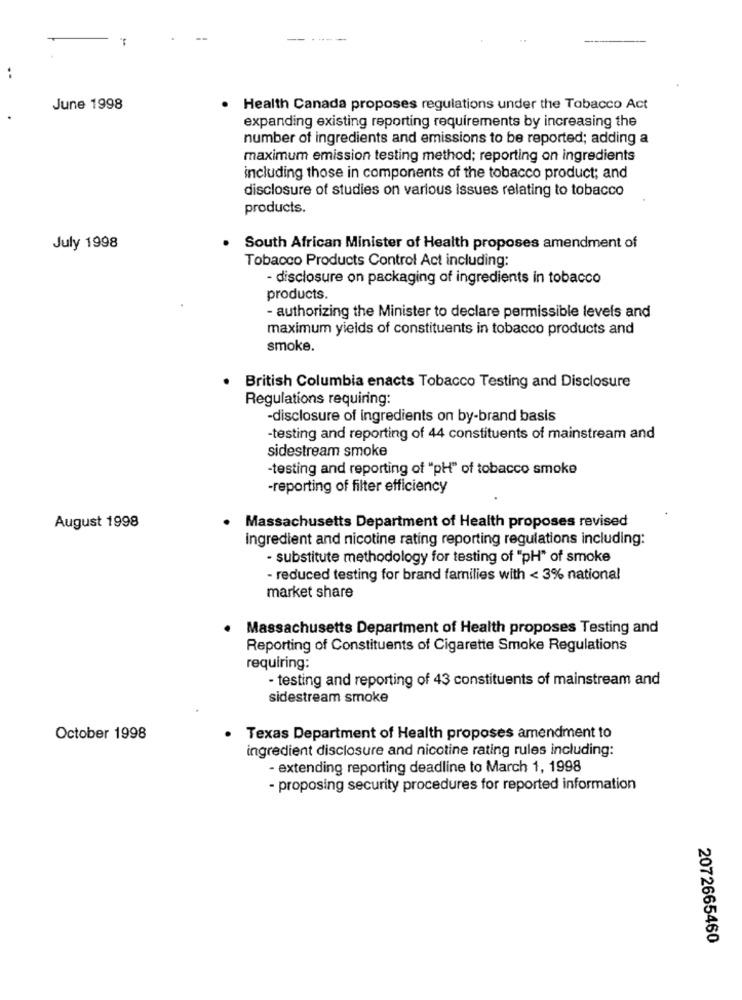
--
-----
June 1998
Health Canada proposes regulations under the Tobacco Act
expanding existing reporting requirements by increasing the
number of ingredients and emissions to be reported; adding a
maximum emission testing method; reporting on ingredients
including those in components of the tobacco product; and
disclosure of studies on various issues relating to tobacco
products.
July 1998
South African Minister of Health proposes amendment of
Tobacco Products Control Act including:
- disclosure on packaging of ingredients in tobacco
products.
- authorizing the Minister to declare permissible levels and
maximum yields of constituents in tobacco products and
smoke.
· British Columbia enacts Tobacco Testing and Disclosure
Regulations requiring:
-disclosure of ingredients on by-brand basis
-testing and reporting of 44 constituents of mainstream and
sidestream smoke
-testing and reporting of "pH" of tobacco smoke
-reporting of filter efficiency
August 1998
· Massachusetts Department of Health proposes revised
ingredient and nicotine rating reporting regulations including:
- substitute methodology for testing of "pH" of smoke
- reduced testing for brand families with < 3% national
market share
Massachusetts Department of Health proposes Testing and
Reporting of Constituents of Cigarette Smoke Regulations
requiring:
- testing and reporting of 43 constituents of mainstream and
sidestream smoke
October 1998
Texas Department of Health proposes amendment to
ingredient disclosure and nicotine rating rules including:
- extending reporting deadline to March 1, 1998
- proposing security procedures for reported information
2072665460